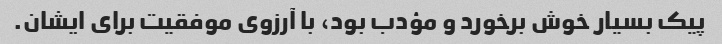
پیک بسیار خوش برخورد و مؤدب بود، با آرزوی موفقیت برای ایشان.